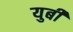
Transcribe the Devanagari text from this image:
युबी